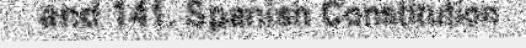
and 141. Spanish Constitution